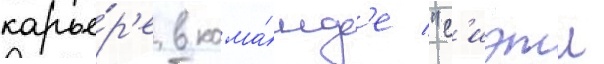
карье́р'е в кома́нд'е "с'иэтл